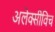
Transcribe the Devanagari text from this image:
अलेक्सीविच